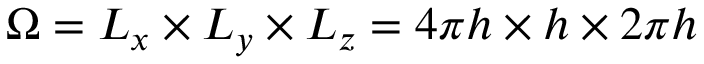
\Omega = L _ { x } \times L _ { y } \times L _ { z } = 4 \pi h \times h \times 2 \pi h